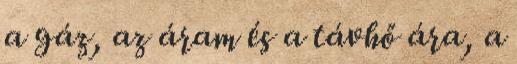
a gáz, az áram és a távhő ára, a